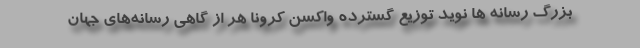
بزرگ رسانه ها نوید توزیع گسترده واکسن کرونا هر از گاهی رسانه‌های جهان